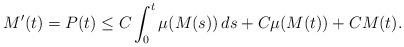
LaTeX: \begin{align*}M'(t)= P(t)\le C \int_0^t \mu(M(s)) \, ds + C \mu(M(t))+ C M(t).\end{align*}